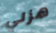
هزلي